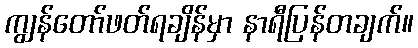
ကျွန်တော်ဖတ်ရချိန်မှာ နာရီပြန်တချက်။